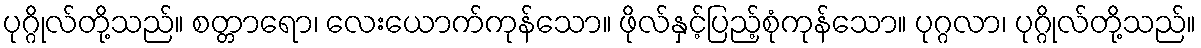
ပုဂ္ဂိုလ်တို့သည်။ စတ္တာရော၊ လေးယောက်ကုန်သော။ ဖိုလ်နှင့်ပြည့်စုံကုန်သော။ ပုဂ္ဂလာ၊ ပုဂ္ဂိုလ်တို့သည်။